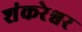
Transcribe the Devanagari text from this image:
शंकरेश्वर